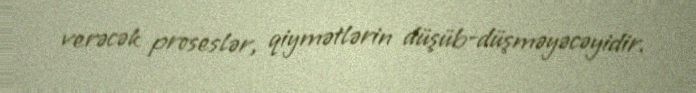
verəcək proseslər, qiymətlərin düşüb-düşməyəcəyidir.